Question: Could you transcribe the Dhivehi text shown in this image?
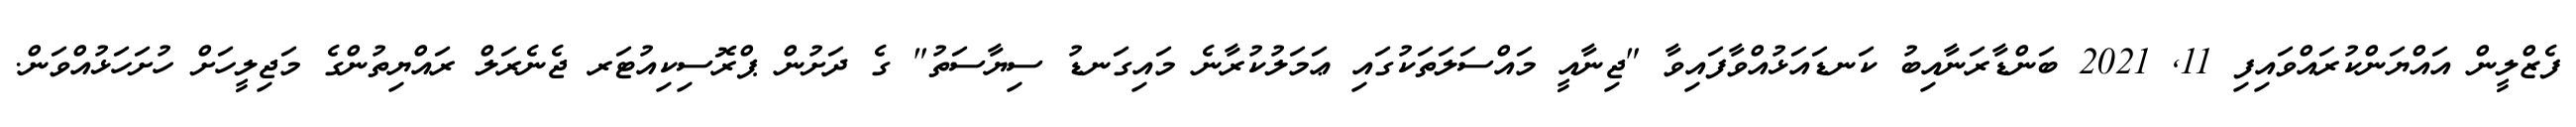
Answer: ފެޒްލީން އައްޔަންކުރައްވައިފި 11, 2021 ބަންޑާރަނާއިބު ކަނޑައަޅުއްވާފައިވާ "ޖިނާއީ މައްސަލަތަކުގައި ޢަމަލުކުރާނެ މައިގަނޑު ސިޔާސަތު" ގެ ދަށުން ޕްރޮސިކިއުޓަރ ޖެނެރަލް ރައްޔިތުންގެ މަޖިލީހަށް ހުށަހަޅުއްވަން.